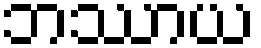
ဘဿာယ